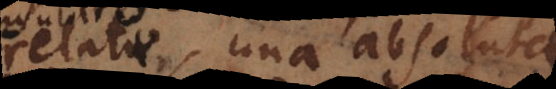
relatae, una absoluta